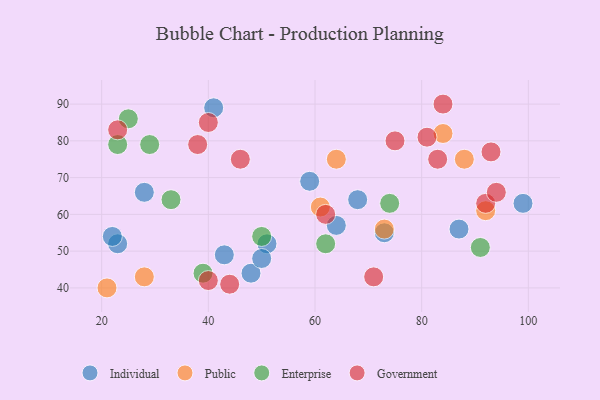
{"axis": {"x": "GDP", "y": "Life Expectancy"}, "legend": ["Enterprise", "Government", "Individual", "Public"], "data": [{"x": "51", "y": 52, "type": "Individual"}, {"x": "59", "y": 69, "type": "Individual"}, {"x": "48", "y": 44, "type": "Individual"}, {"x": "68", "y": 64, "type": "Individual"}, {"x": "73", "y": 55, "type": "Individual"}, {"x": "23", "y": 52, "type": "Individual"}, {"x": "28", "y": 66, "type": "Individual"}, {"x": "43", "y": 49, "type": "Individual"}, {"x": "99", "y": 63, "type": "Individual"}, {"x": "50", "y": 48, "type": "Individual"}, {"x": "87", "y": 56, "type": "Individual"}, {"x": "64", "y": 57, "type": "Individual"}, {"x": "41", "y": 89, "type": "Individual"}, {"x": "22", "y": 54, "type": "Individual"}, {"x": "21", "y": 40, "type": "Public"}, {"x": "84", "y": 82, "type": "Public"}, {"x": "64", "y": 75, "type": "Public"}, {"x": "88", "y": 75, "type": "Public"}, {"x": "92", "y": 61, "type": "Public"}, {"x": "28", "y": 43, "type": "Public"}, {"x": "73", "y": 56, "type": "Public"}, {"x": "61", "y": 62, "type": "Public"}, {"x": "50", "y": 54, "type": "Enterprise"}, {"x": "62", "y": 52, "type": "Enterprise"}, {"x": "91", "y": 51, "type": "Enterprise"}, {"x": "39", "y": 44, "type": "Enterprise"}, {"x": "29", "y": 79, "type": "Enterprise"}, {"x": "74", "y": 63, "type": "Enterprise"}, {"x": "33", "y": 64, "type": "Enterprise"}, {"x": "23", "y": 79, "type": "Enterprise"}, {"x": "25", "y": 86, "type": "Enterprise"}, {"x": "81", "y": 81, "type": "Government"}, {"x": "40", "y": 85, "type": "Government"}, {"x": "93", "y": 77, "type": "Government"}, {"x": "62", "y": 60, "type": "Government"}, {"x": "92", "y": 63, "type": "Government"}, {"x": "94", "y": 66, "type": "Government"}, {"x": "75", "y": 80, "type": "Government"}, {"x": "46", "y": 75, "type": "Government"}, {"x": "84", "y": 90, "type": "Government"}, {"x": "38", "y": 79, "type": "Government"}, {"x": "83", "y": 75, "type": "Government"}, {"x": "40", "y": 42, "type": "Government"}, {"x": "23", "y": 83, "type": "Government"}, {"x": "44", "y": 41, "type": "Government"}, {"x": "71", "y": 43, "type": "Government"}]}